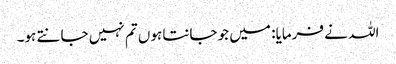
اللہ نے فرمایا: میں جو جانتا ہوں تم نہیں جانتے ہو۔